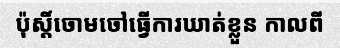
ប៉ុស្តិ៍ចោមចៅធ្វើការឃាត់ខ្លួន កាលពី